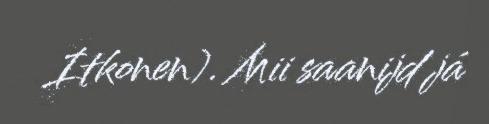
Itkonen). Mii saanijd já